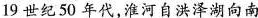
19世纪50年代，淮河自洪泽湖向南